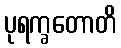
ပုရက္ခတောတိ